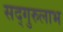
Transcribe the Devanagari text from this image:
सद्‌गुरुलाभ